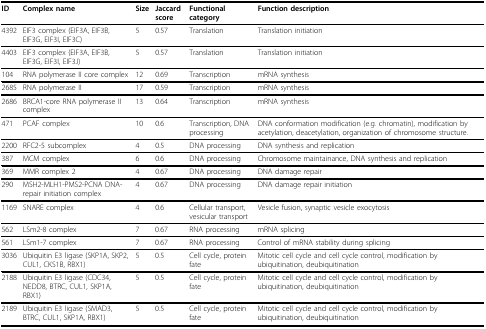
<table><thead><tr><td><b>ID</b></td><td><b>Complex name</b></td><td><b>Size</b></td><td><b>Jaccard score</b></td><td><b>Functional category</b></td><td><b>Function description</b></td></tr></thead><tbody><tr><td>4392</td><td>EIF3 complex (EIF3A, EIF3B, EIF3G, EIF3I, EIF3C)</td><td>5</td><td>0.57</td><td>Translation</td><td>Translation initiation</td></tr><tr><td>4403</td><td>EIF3 complex (EIF3A, EIF3B, EIF3G, EIF3I, EIF3J)</td><td>5</td><td>0.57</td><td>Translation</td><td>Translation initiation</td></tr><tr><td>104</td><td>RNA polymerase II core complex</td><td>12</td><td>0.69</td><td>Transcription</td><td>mRNA synthesis</td></tr><tr><td>2685</td><td>RNA polymerase II</td><td>17</td><td>0.59</td><td>Transcription</td><td>mRNA synthesis</td></tr><tr><td>2686</td><td>BRCA1-core RNA polymerase II complex</td><td>13</td><td>0.64</td><td>Transcription</td><td>mRNA synthesis</td></tr><tr><td>471</td><td>PCAF complex</td><td>10</td><td>0.6</td><td>Transcription, DNA processing</td><td>DNA conformation modification (e.g. chromatin), modification byacetylation, deacetylation, organization of chromosome structure.</td></tr><tr><td>2200</td><td>RFC2-5 subcomplex</td><td>4</td><td>0.5</td><td>DNA processing</td><td>DNA synthesis and replication</td></tr><tr><td>387</td><td>MCM complex</td><td>6</td><td>0.6</td><td>DNA processing</td><td>Chromosome maintainance, DNA synthesis and replication</td></tr><tr><td>369</td><td>MMR complex 2</td><td>4</td><td>0.67</td><td>DNA processing</td><td>DNA damage repair</td></tr><tr><td>290</td><td>MSH2-MLH1-PMS2-PCNA DNA-repair initiation complex</td><td>4</td><td>0.67</td><td>DNA processing</td><td>DNA damage repair initiation</td></tr><tr><td>1169</td><td>SNARE complex</td><td>4</td><td>0.6</td><td>Cellular transport, vesicular transport</td><td>Vesicle fusion, synaptic vesicle exocytosis</td></tr><tr><td>562</td><td>LSm2-8 complex</td><td>7</td><td>0.67</td><td>RNA processing</td><td>mRNA splicing</td></tr><tr><td>561</td><td>LSm1-7 complex</td><td>7</td><td>0.67</td><td>RNA processing</td><td>Control of mRNA stability during splicing</td></tr><tr><td>3036</td><td>Ubiquitin E3 ligase (SKP1A, SKP2, CUL1, CKS1B, RBX1)</td><td>5</td><td>0.5</td><td>Cell cycle, protein fate</td><td>Mitotic cell cycle and cell cycle control, modification byubiquitination, deubiquitination</td></tr><tr><td>2188</td><td>Ubiquitin E3 ligase (CDC34, NEDD8, BTRC, CUL1, SKP1A, RBX1)</td><td>5</td><td>0.5</td><td>Cell cycle, protein fate</td><td>Mitotic cell cycle and cell cycle control, modification byubiquitination, deubiquitination</td></tr><tr><td>2189</td><td>Ubiquitin E3 ligase (SMAD3, BTRC, CUL1, SKP1A, RBX1)</td><td>5</td><td>0.5</td><td>Cell cycle, protein fate</td><td>Mitotic cell cycle and cell cycle control, modification byubiquitination, deubiquitination</td></tr></tbody></table>